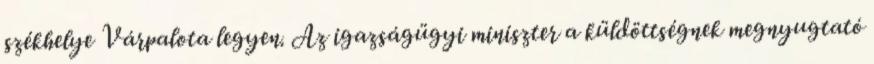
székhelye Várpalota legyen. Az igazságügyi miniszter a küldöttségnek megnyugtató